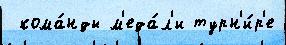
 кома́нды м'еда́л'и турн'и́р'е